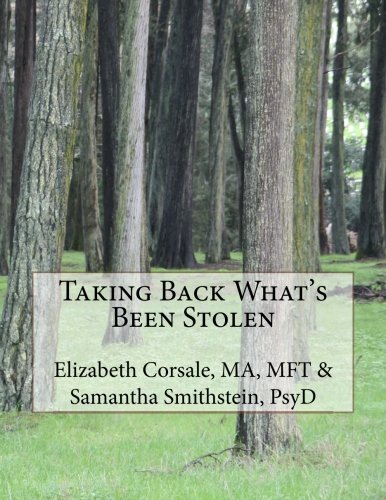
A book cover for Taking Back What's Been Stolen: a STOP STEALING workbook; Elizabeth Corsale MFT; Medical Books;